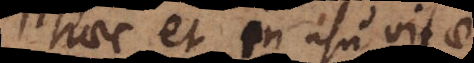
haec et in usu vitae